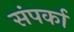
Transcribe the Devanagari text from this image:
संपर्का